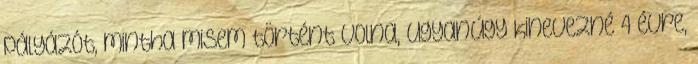
pályázót, mintha misem történt volna, ugyanúgy kinevezné 4 évre,